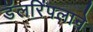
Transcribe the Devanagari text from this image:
डॅलरिंपलाने